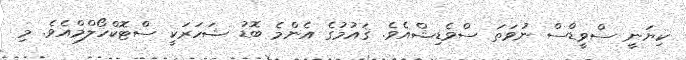
ކިޔަނީ ސްވީޑްސް ނުވަތަ ސްވެޑިޝްއެވެ. ޤައުމުގެ އެންމެ ބޮޑު ޝަހަރަކީ ސްޓޮކްހޯލްމްއެވެ. މި